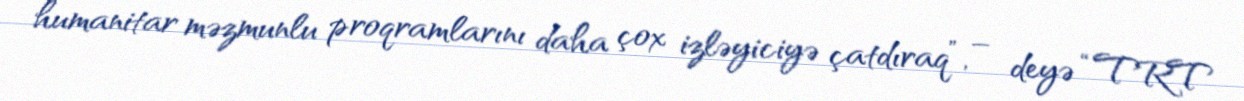
humanitar məzmunlu proqramlarını daha çox izləyiciyə çatdıraq”, – deyə “TRT